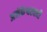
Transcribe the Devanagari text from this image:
अनेकेश्वरवादी